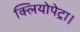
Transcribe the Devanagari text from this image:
क्लियोपेट्रा।